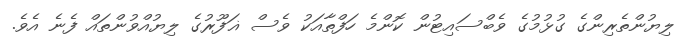
ލިޔުންތެރިންގެ ގުޅުމުގެ ވެބްސައިޓުން ކޮންމެ ހަފްތާއަކު ވެސް ޣަފޫރުގެ ލިޔުއްވުންތައް ފެނެ އެވެ.